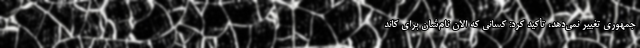
‌جمهوری تغییر نمی‌دهد، تأکید کرد: کسانی که الان نام‌شان برای کاند